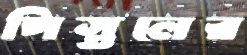
পিস্তলের